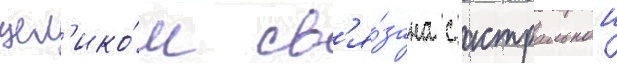
цел'ико́м св'я́зана с астральнои